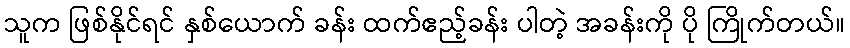
သူက ဖြစ်နိုင်ရင် နှစ်ယောက် ခန်း ထက်ဧည့်ခန်း ပါတဲ့ အခန်းကို ပို ကြိုက်တယ်။